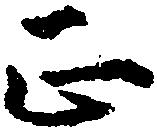
正